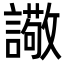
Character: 䜘